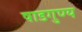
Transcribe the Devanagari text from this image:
षाडगुण्य